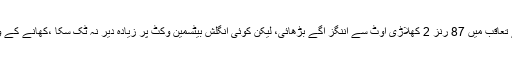
وشاکا پٹنم میں ٹیسٹ آخری دن انگلینڈ نے 405 رنز کے تعاقب میں 87 رنز 2 کھلاڑی آؤٹ سے اننگز آگے بڑھائی، لیکن کوئی انگلش بیٹسمین وکٹ پر زیادہ دیر نہ ٹک سکا ،کھانے کے وقفے کے بعد پوری انگلش ٹیم 158 رنز پر ڈھیر ہوگئی۔